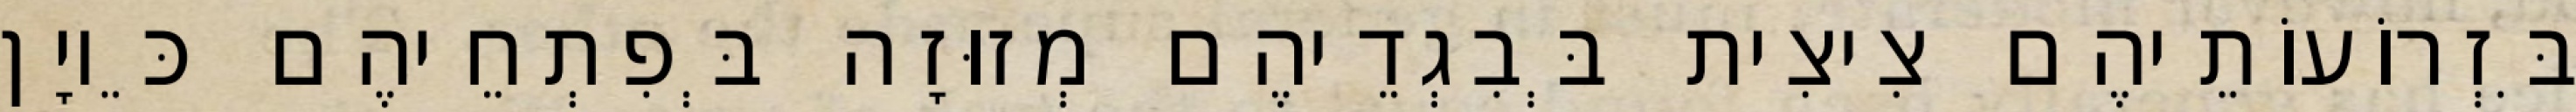
בִּזְרוֹעוֹתֵיהֶם צִיצִית בְּבִגְדֵיהֶם מְזוּזָה בְּפִתְחֵיהֶם כֵּיוָן